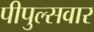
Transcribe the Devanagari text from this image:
पीपुल्सवार